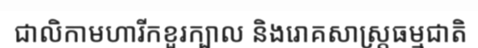
ជាលិកាមហារីកខួរក្បាល និងរោគសាស្ត្រធម្មជាតិ